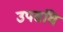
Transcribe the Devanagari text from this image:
उपसंधि